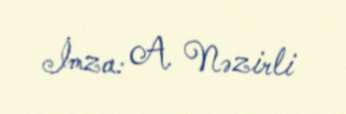
İmza: A. Nəzirli